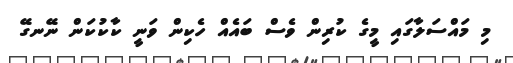
މި މައްސަލާގައި މީގެ ކުރިން ވެސް ބައެއް ހެކިން ވަނީ ކާކުކަން ނޭނގޭ